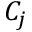
C _ { j }